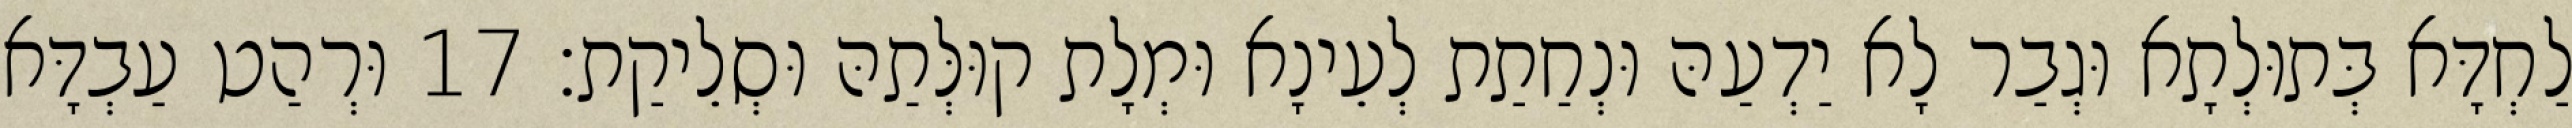
לַחְדָּא בְּתוּלְתָא וּגְבַר לָא יַדְעַהּ וּנְחַתַת לְעֵינָא וּמְלָת קוּלְּתַהּ וּסְלֵיקַת׃ 17 וּרְהַט עַבְדָּא